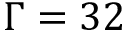
\Gamma = 3 2